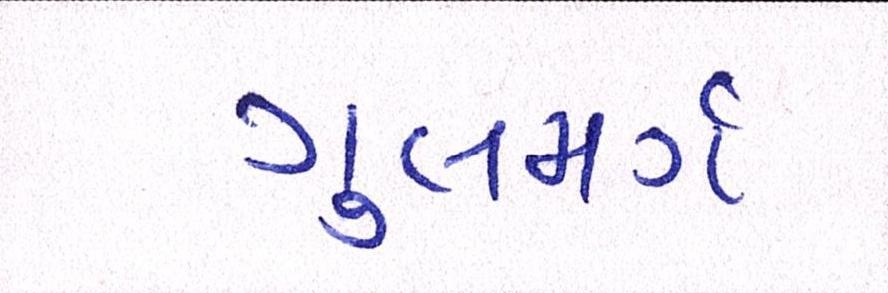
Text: ગુલમર્ગ